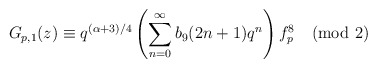
\begin{align*}G_{p,1}(z)\equiv q^{(\alpha+3)/4}\left(\sum_{n=0}^{\infty}b_9(2n+1)q^{n}\right) f^{8}_{p}\pmod{2}\end{align*}